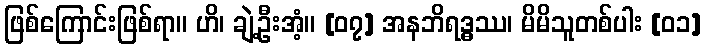
ဖြစ်ကြောင်းဖြစ်ရာ။ ဟိ၊ ချဲ့ဦးအံ့။ [၀၇] အနဘိရဒ္ဓဿ၊ မိမိသူတစ်ပါး [၀၁]